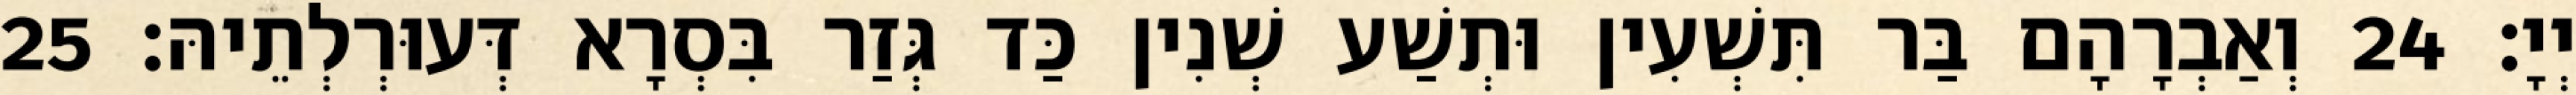
יְיָ׃ 24 וְאַבְרָהָם בַּר תִּשְׁעִין וּתְשַׁע שְׁנִין כַּד גְּזַר בִּסְרָא דְּעוּרְלְתֵיהּ׃ 25